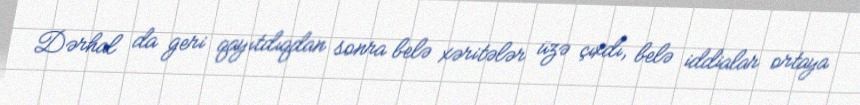
Dərhal da geri qayıtdıqdan sonra belə xəritələr üzə çıxdı, belə iddialar ortaya